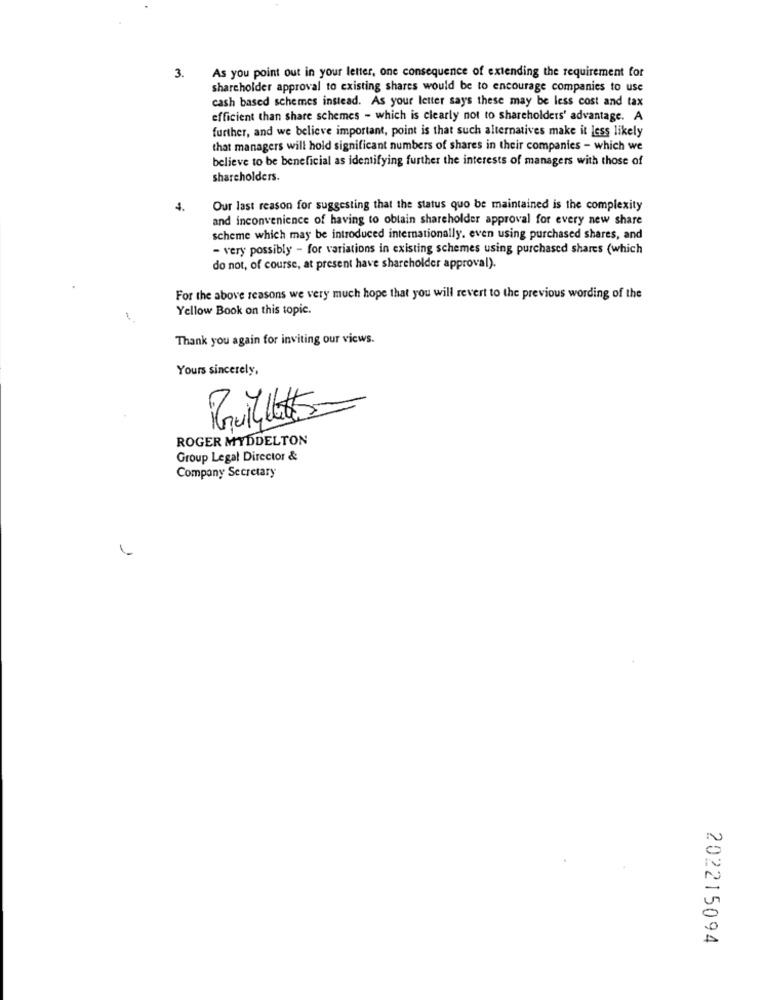
3.
As you point out in your letter, one consequence of extending the requirement for
shareholder approval to existing shares would be to encourage companies to use
cash based schemes instead. As your letter says these may be less cost and tax
efficient than share schemes - which is clearly not to shareholders' advantage. A
further, and we believe important, point is that such alternatives make it less likely
that managers will hold significant numbers of shares in their companies - which we
believe to be beneficial as identifying further the interests of managers with those of
shareholders.
4.
Our last reason for suggesting that the status quo be maintained is the complexity
and inconvenience of having to obtain shareholder approval for every new share
scheme which may be introduced internationally. even using purchased shares, and
- very possibly - for variations in existing schemes using purchased shares (which
do not, of course, at present have shareholder approval).
For the above reasons we very much hope that you will revert to the previous wording of the
Yellow Book on this topic.
Thank you again for inviting our views.
Yours sincerely,
ROGER MYDDELTON
Group Legal Director &
Company Secretary
202215094